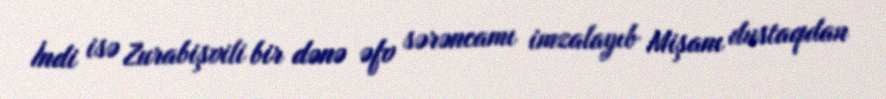
İndi isə Zurabişvili bir dənə əfv sərəncamı imzalayıb Mişanı dustaqdan